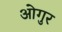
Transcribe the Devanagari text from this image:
ओगुर